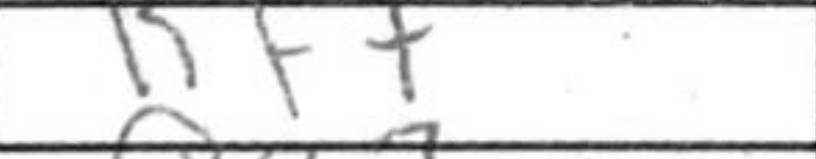
Transcription: Kf7